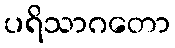
ပရိသာဂတော